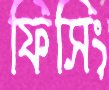
ফিসিং